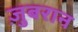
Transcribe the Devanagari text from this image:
ज़ुबरान